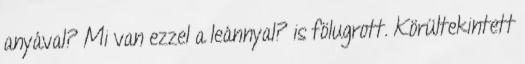
anyával? Mi van ezzel a leánnyal? is fölugrott. Körültekintett